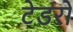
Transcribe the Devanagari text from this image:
टेडरो